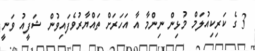
3 ގެ ކަރިކިއުލަމް މުޅިން ނިންމާ އާ އަހަރަށް ތައްޔާރުވެފައިވުން ޝަފީއު ވަނީ